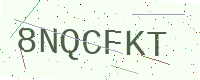
Text: 8NQCFKT